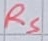
Text: RS